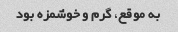
به موقع، گرم و خوشمزه بود